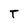
Character: T